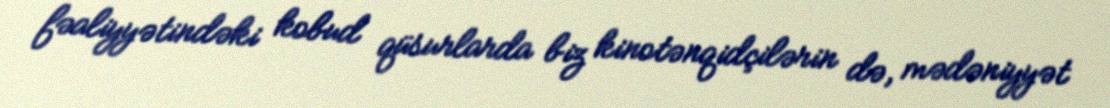
fəaliyyətindəki kobud qüsurlarda biz kinotənqidçilərin də, mədəniyyət